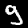
Label: 9